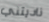
ناديتني